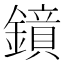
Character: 𮣊